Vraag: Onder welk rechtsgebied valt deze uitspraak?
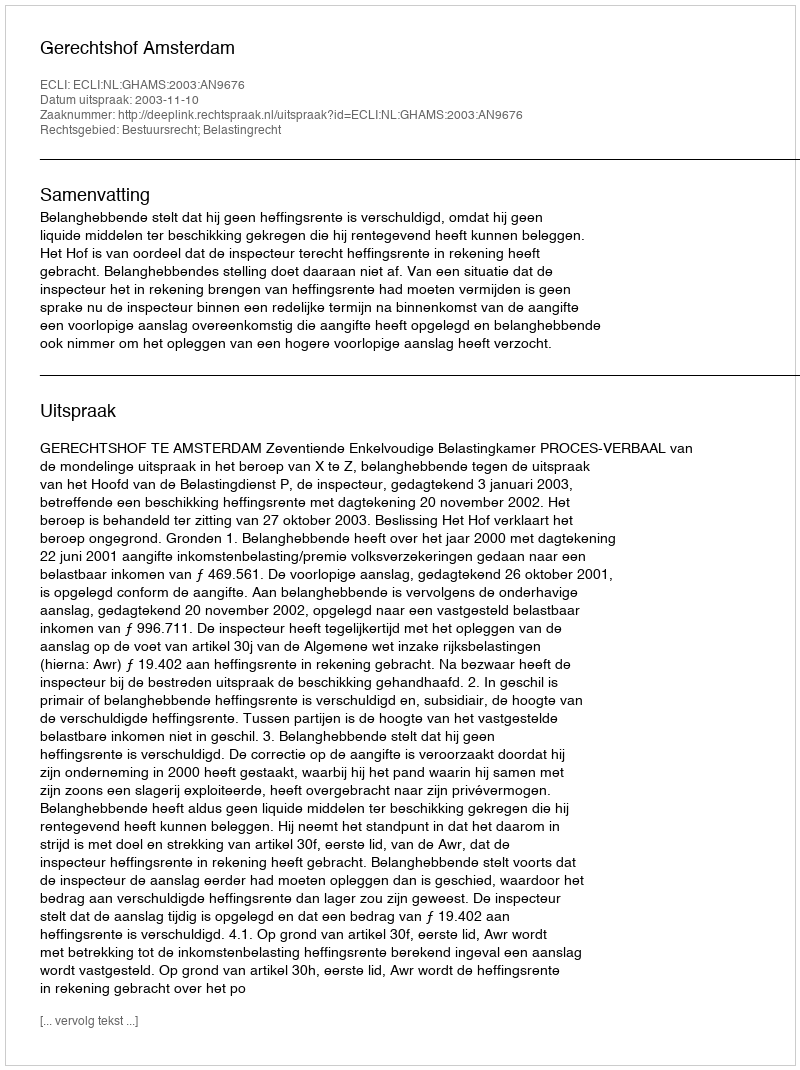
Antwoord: Bestuursrecht; Belastingrecht